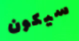
سيكون